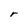
Character: r